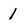
Character: 1